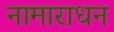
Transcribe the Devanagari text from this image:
नामाराधन